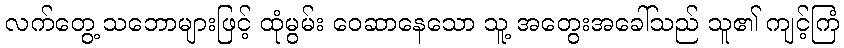
လက်တွေ့ သဘောများဖြင့် ထုံမွမ်း ဝေဆာနေသော သူ့ အတွေးအခေါ်သည် သူ၏ ကျင့်ကြံ